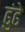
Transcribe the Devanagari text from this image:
ढुंढे